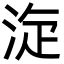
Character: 㳬